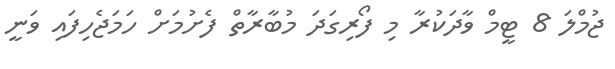
ޖުމްލަ 8 ޓީމް ވާދަކުރާ މި ފޯރިގަދަ މުބާރާތް ފެށުމަށް ހަމަޖެހިފައި ވަނީ